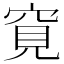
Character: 𥦀